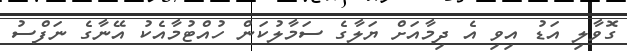
ގޮވާލި އަޑު އިވި އެ ދިމާއަށް ޔަލާގެ ސަމާލުކަން ހުއްޓުމާއެކު އޭނާގެ ނަފްސު